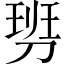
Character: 𠞢